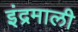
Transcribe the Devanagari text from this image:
इंद्रमाली